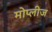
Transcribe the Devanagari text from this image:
मोप्लीज